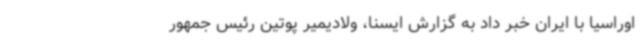
اوراسیا با ایران خبر داد به گزارش ایسنا، ولادیمیر پوتین رئیس جمهور